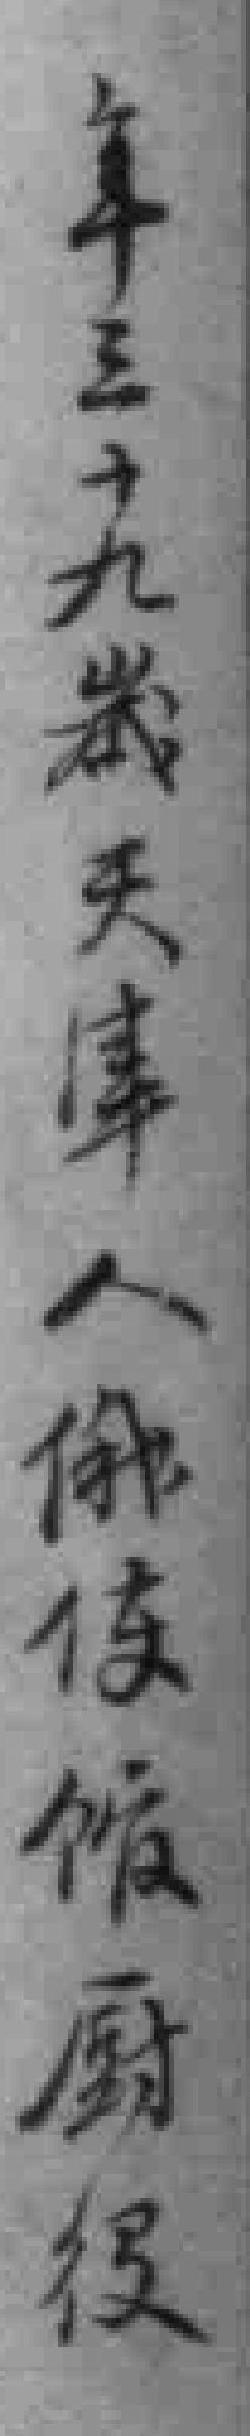
年三十九歲天津人俄使馆厨役